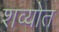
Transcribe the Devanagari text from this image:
शव्योत